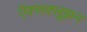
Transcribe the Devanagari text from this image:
ऍक्सक्लूझ़न